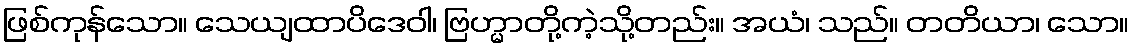
ဖြစ်ကုန်သော။ သေယျထာပိဒေဝါ၊ ဗြဟ္မာတို့ကဲ့သို့တည်း။ အယံ၊ သည်။ တတိယာ၊ သော။